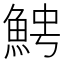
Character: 𩶍